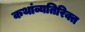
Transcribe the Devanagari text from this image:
कथांव्यतिरिक्त